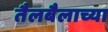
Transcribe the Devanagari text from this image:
तैलबैलाच्या